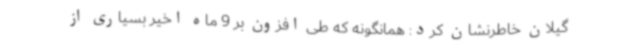
گیلان خاطرنشان کرد: همانگونه که طی افزون بر 9 ماه اخیر بسیاری از